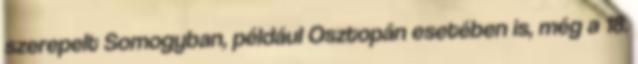
szerepelt Somogyban, például Osztopán esetében is, még a 18.